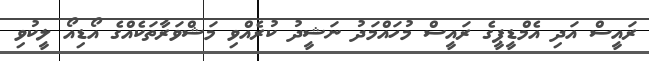
ރައީސް އަދި އެމްޑީޕީގެ ރައީސް މުހައްމަދު ނަޝީދު ކުރެއްވި މަޝްވަރާތަކެއްގެ އޯޑިއޯ ލީކުވި